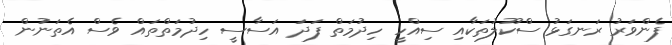
ފެންވަރު ރަނގަޅު ސްކޫލުތަކާއި ސިއްހީ ހިދުމަތް ފަދަ އަސާސީ ހިދުމަތްތައް ވެސް އެތަނުން